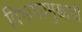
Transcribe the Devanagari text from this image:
विभागप्रमुखाची